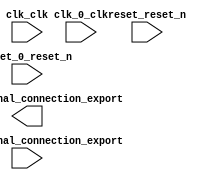

module core (
	clk_clk,
	reset_reset_n,
	clk_0_clk,
	reset_0_reset_n,
	pio_0_external_connection_export,
	pio_1_external_connection_export);	

	input		clk_clk;
	input		reset_reset_n;
	input		clk_0_clk;
	input		reset_0_reset_n;
	output	[9:0]	pio_0_external_connection_export;
	input	[9:0]	pio_1_external_connection_export;
endmodule